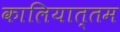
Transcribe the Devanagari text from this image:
कालियात्तम